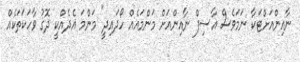
ނާއިންއަށްޓަކާ ނަމަވެސް އާސިފް ނާއިންއަށް މަންމައެއް ހޯދައިދީ" މަންމަ އެދެއްކީ ދޮގު ވާހަކަތަކެއް